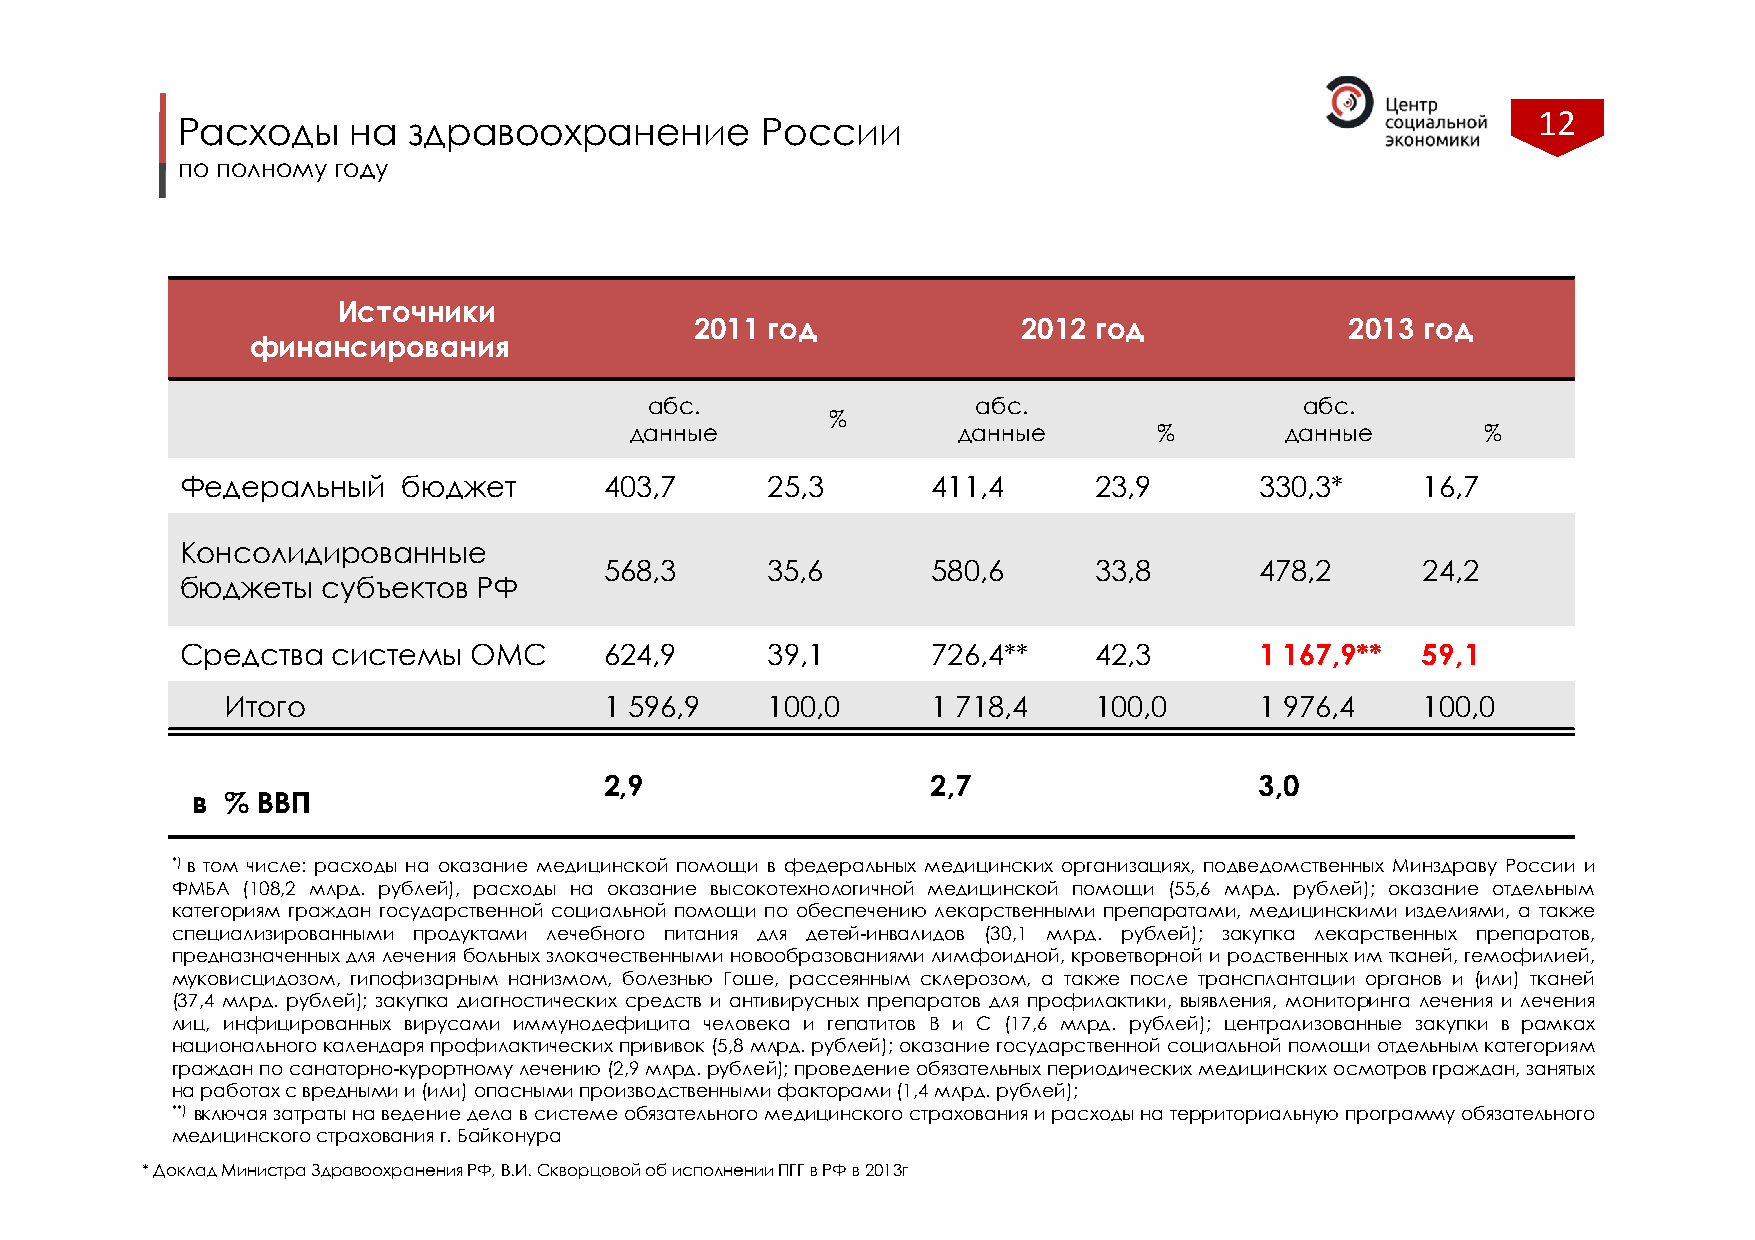
12
 Расходы    на  здравоохранение        России
 по полному году
 Источники
 2011 год              2012 год             2013 год
 финансирования
 абс.                  абс.                 абс.
 %
 данные               данные        %       данные       %
 Федеральный    бюджет       403,7      25,3       411,4     23,9       330,3*     16,7
 Консолидированные
 568,3      35,6       580,6     33,8       478,2      24,2
 бюджеты  субъектов РФ
 Средства  системы  ОМС      624,9      39,1       726,4**   42,3       1 167,9**  59,1
 Итого                    1 596,9    100,0      1 718,4   100,0      1 976,4    100,0
 2,9                   2,7                  3,0
 в % ВВП
 *)в том числе: расходы на оказание медицинской помощи в федеральных медицинских организациях, подведомственных Минздраву России и
 ФМБА (108,2 млрд. рублей), расходы на оказание высокотехнологичной медицинской помощи (55,6 млрд. рублей); оказание отдельным
 категориям граждан государственной социальной помощи по обеспечению лекарственными препаратами, медицинскими изделиями, а также
 специализированными продуктами лечебного питания для детей-инвалидов (30,1 млрд. рублей); закупка лекарственных препаратов,
 предназначенныхдлялечениябольныхзлокачественныминовообразованиямилимфоидной,кроветворнойиродственныхим тканей,гемофилией,
 муковисцидозом, гипофизарным нанизмом, болезнью Гоше, рассеянным склерозом, а также после трансплантации органов и (или) тканей
 (37,4 млрд. рублей); закупка диагностических средств и антивирусных препаратов для профилактики, выявления, мониторинга лечения и лечения
 лиц, инфицированных вирусами иммунодефицита человека и гепатитов В и С (17,6 млрд. рублей); централизованные закупки в рамках
 национальногокалендаряпрофилактическихпрививок (5,8млрд.рублей);оказаниегосударственнойсоциальнойпомощиотдельнымкатегориям
 гражданпосанаторно-курортномулечению(2,9млрд.рублей);проведениеобязательныхпериодическихмедицинскихосмотровграждан,занятых
 наработахсвреднымии(или)опаснымипроизводственнымифакторами(1,4млрд.рублей);
 **) включаязатратынаведениеделавсистемеобязательногомедицинскогострахованияирасходынатерриториальнуюпрограммуобязательного
 медицинскогострахованияг.Байконура
 * Доклад Министра Здравоохранения РФ, В.И. Скворцовой об исполнении ПГГ в РФ в 2013г